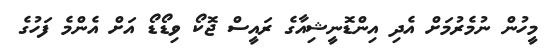
މީހުން ނުމެރުމަށް އެދި އިންޑޮނީޝިއާގެ ރައީސް ޖޮކޯ ވިޑޯޑޯ އަށް އެންމެ ފަހުގެ